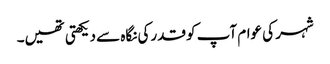
شہر کی عوام آپ کو قدرکی نگاہ سے دیکھتی تھیں۔